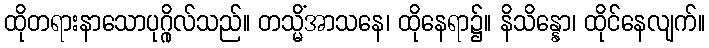
ထိုတရားနာသောပုဂ္ဂိုလ်သည်။ တသ္မိံအာသနေ၊ ထိုနေရာ၌။ နိသိန္နော၊ ထိုင်နေလျက်။